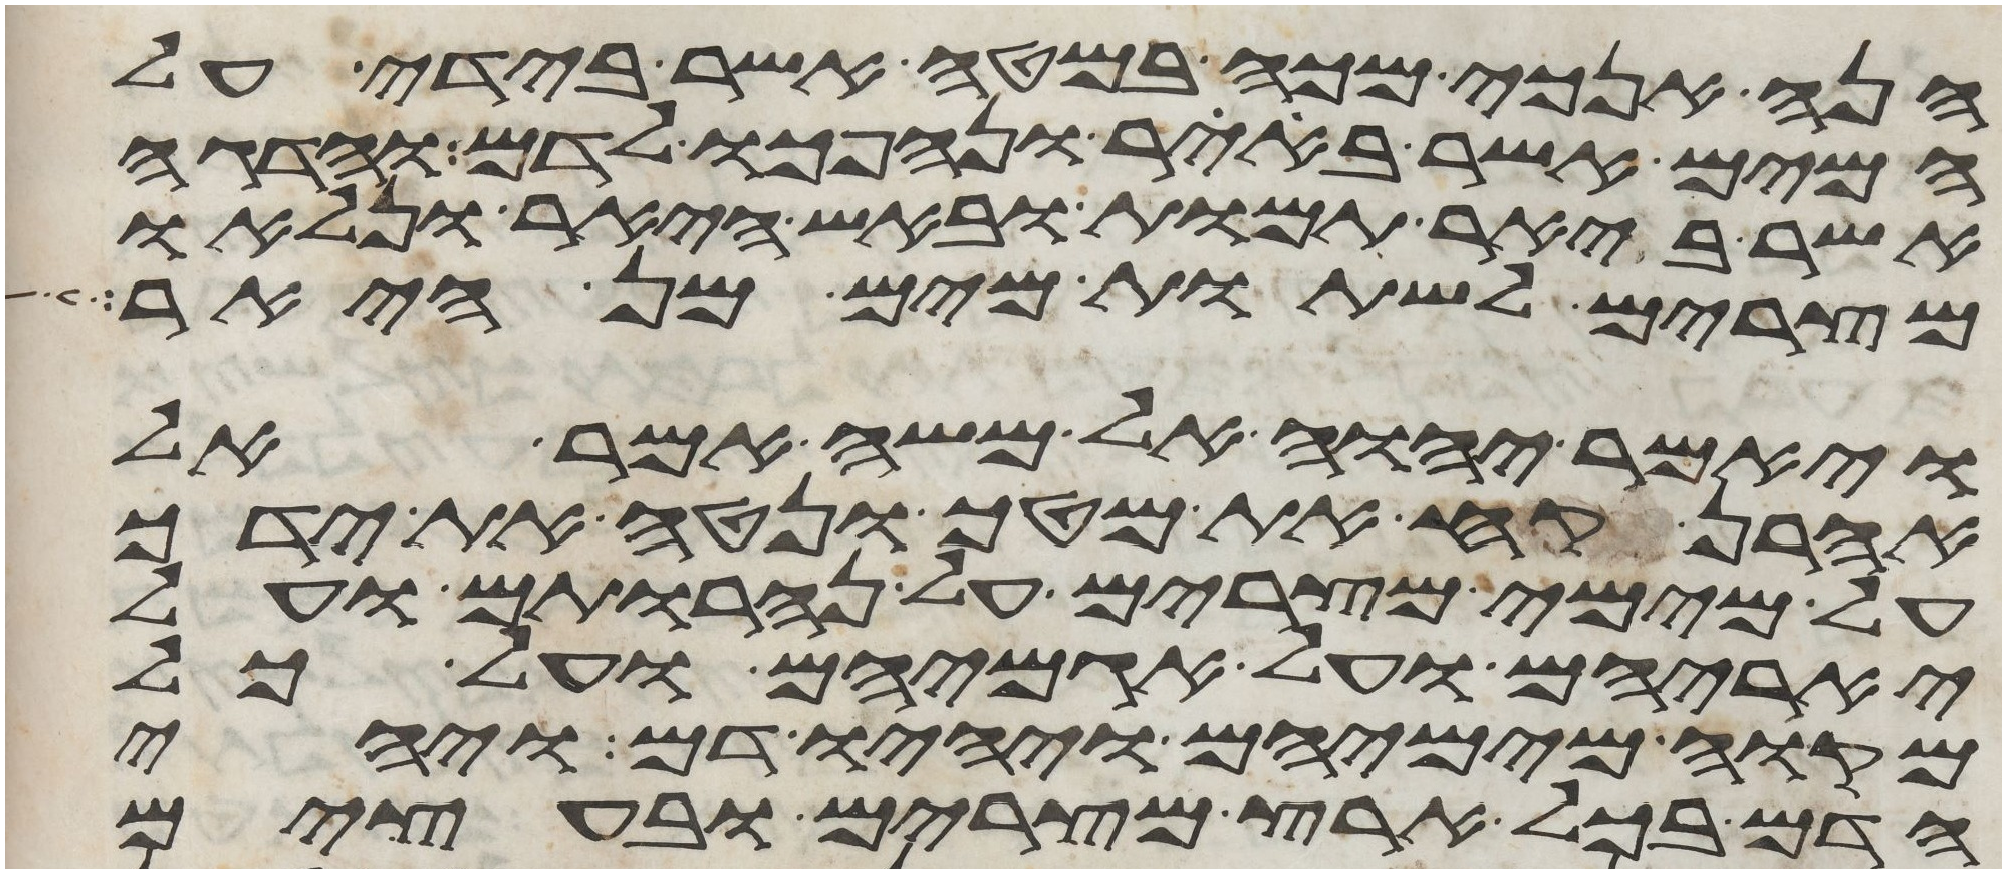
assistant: הנה אנכי מכה במטה אשר בידי על
המים אשר ביאר ונהפכו לדם והדגה
אשר ביאר תמות ובאש היאר ונלאו
מצרים לשתות מים מן היאר
ויאמר יהוה אל משה אמר אל
אהרן קח את מטך ונטה את ידך
על מימי מצרים על נהרותם ועל
יאריהם ועל אגמיהם ועל כל
מקוה מימיהם ויהיו דם ויהי
הדם בכל ארץ מצרים ובעצים